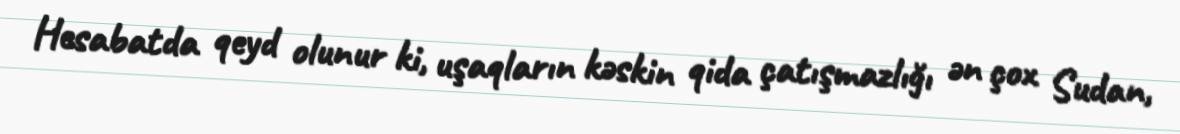
Hesabatda qeyd olunur ki, uşaqların kəskin qida çatışmazlığı ən çox Sudan,